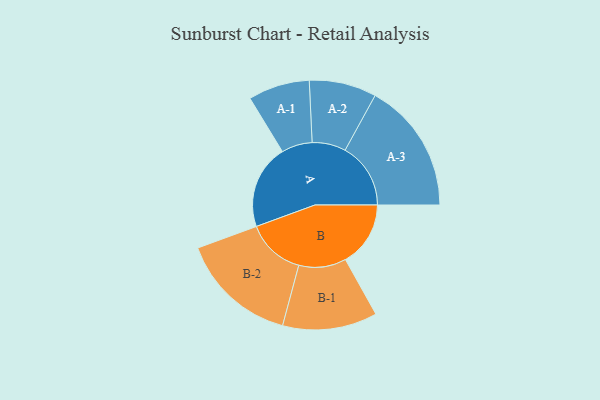
{"axis": {"x": "Segment", "y": "Value"}, "legend": ["", "A", "B"], "data": [{"x": "A", "y": 356, "type": ""}, {"x": "B", "y": 275, "type": ""}, {"x": "A-1", "y": 130, "type": "A"}, {"x": "A-2", "y": 142, "type": "A"}, {"x": "A-3", "y": 277, "type": "A"}, {"x": "B-1", "y": 200, "type": "B"}, {"x": "B-2", "y": 248, "type": "B"}]}